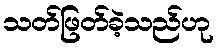
သတ်ဖြတ်ခဲ့သည်ဟု